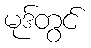
မုဒ်တွင်